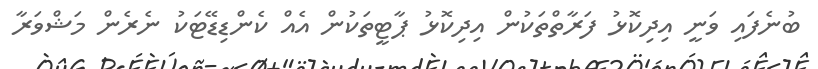
ބުނެފައި ވަނީ އިދިކޮޅު ފަރާތްތަކުން އިދިކޮޅު ޕާޓީތަކުން އެއް ކެންޑިޑޭޓަކު ނެރެން މަޝްވަރާ